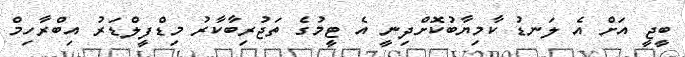
ބީޖީ އަށް އެ ލަނޑު ކާމިޔާބުކޮށްދިނީ އެ ޓީމުގެ ތަޖުރިބާކާރު މިޑްފީލްޑަރު އިބްރާހިމް